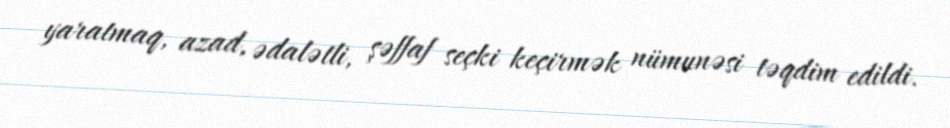
yaratmaq, azad, ədalətli, şəffaf seçki keçirmək nümunəsi təqdim edildi.